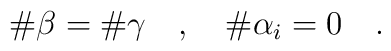
\#\beta=\#\gamma  \quad,\quad  \#\alpha_i=0  \quad.